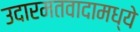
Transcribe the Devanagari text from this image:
उदारमतवादामध्ये